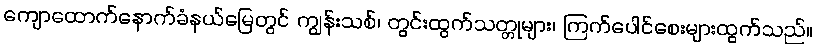
ကျောထောက်နောက်ခံနယ်မြေတွင် ကျွန်းသစ်၊ တွင်းထွက်သတ္တုများ၊ ကြက်ပေါင်စေးများထွက်သည်။